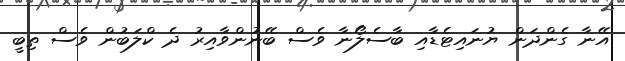
އޭނާ ގެންދަން ޔުނައިޓެޑާއި ބާސެލޯނާ ވެސް ބޭނުންވާއިރު ދެ ކްލަބުން ވެސް ތިބީ